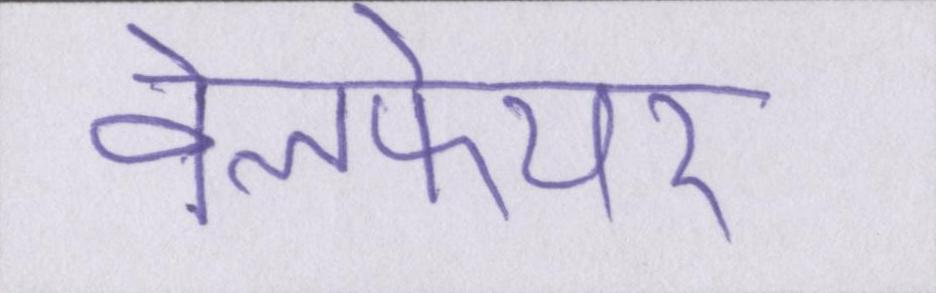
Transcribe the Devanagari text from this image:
वेलफेयर